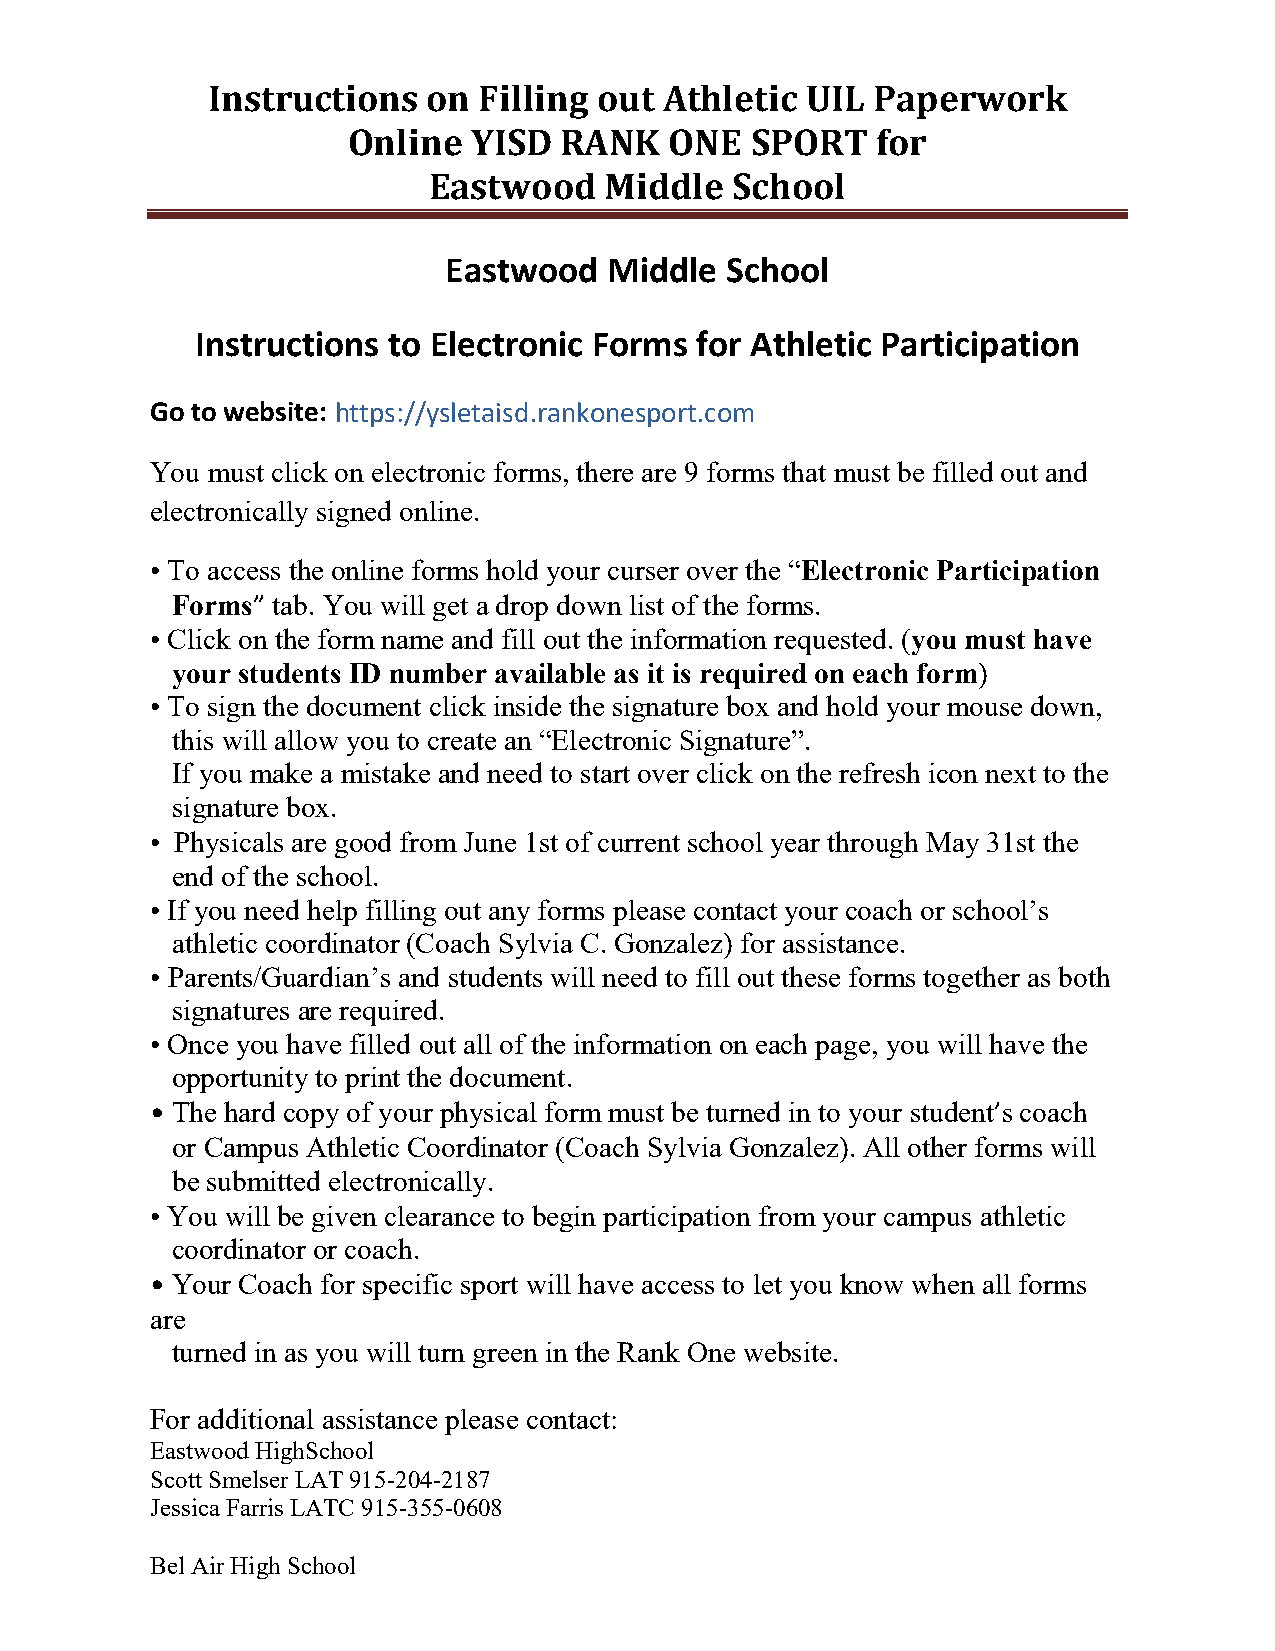
Instructions  on  Filling out Athletic UIL  Paperwork
 Online  YISD  RANK   ONE   SPORT   for
 Eastwood    Middle   School
 Eastwood   Middle  School
 Instructions to Electronic Forms for Athletic Participation
 Go to website: https://ysletaisd.rankonesport.com
 You must click on electronic forms, there are 9 forms that must be filled out and
 electronically signed online.
 • To access the online forms hold your curser over the “Electronic Participation
 Forms” tab. You will get a drop down list of the forms.
 • Click on the form name and fill out the information requested. (you must have
 your students ID number available as it is required on each form)
 • To sign the document click inside the signature box and hold your mouse down,
 this will allow you to create an “Electronic Signature”.
 If you make a mistake and need to start over click on the refresh icon next to the
 signature box.
 • Physicals are good from June 1st of current school year through May 31st the
 end of the school.
 • If you need help filling out any forms please contact your coach or school’s
 athletic coordinator (Coach Sylvia C. Gonzalez) for assistance.
 • Parents/Guardian’s and students will need to fill out these forms together as both
 signatures are required.
 • Once you have filled out all of the information on each page, you will have the
 opportunity to print the document.
 • The hard copy of your physical form must be turned in to your student’s coach
 or Campus Athletic Coordinator (Coach Sylvia Gonzalez). All other forms will
 be submitted electronically.
 • You will be given clearance to begin participation from your campus athletic
 coordinator or coach.
 • Your Coach for specific sport will have access to let you know when all forms
 are
 turned in as you will turn green in the Rank One website.
 For additional assistance please contact:
 Eastwood HighSchool
 Scott Smelser LAT 915-204-2187
 Jessica Farris LATC 915-355-0608
 Bel Air High School